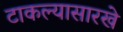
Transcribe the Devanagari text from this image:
टाकल्यासारखे